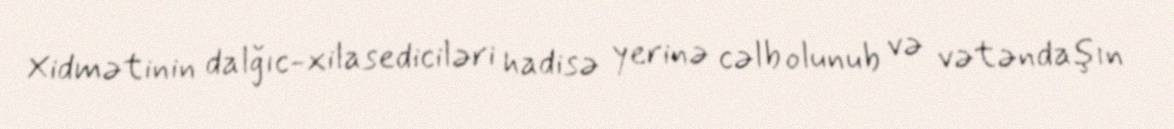
Xidmətinin dalğıc-xilasediciləri hadisə yerinə cəlb olunub və vətəndaşın